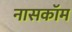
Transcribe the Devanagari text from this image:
नासकॉम